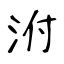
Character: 泭